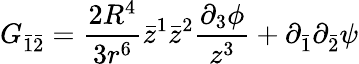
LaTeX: G_{\bar{1}\bar{2}}=\frac{2R^{4}}{3r^{6}}\bar{z}^{1}\bar{z}^{2}\frac{\partial_{3}\phi}{z^{3}}+\partial_{\bar{1}}\partial_{\bar{2}}\psi